Vaccination in Bombay 1924-1928 - 1924-1928
Year: 1924
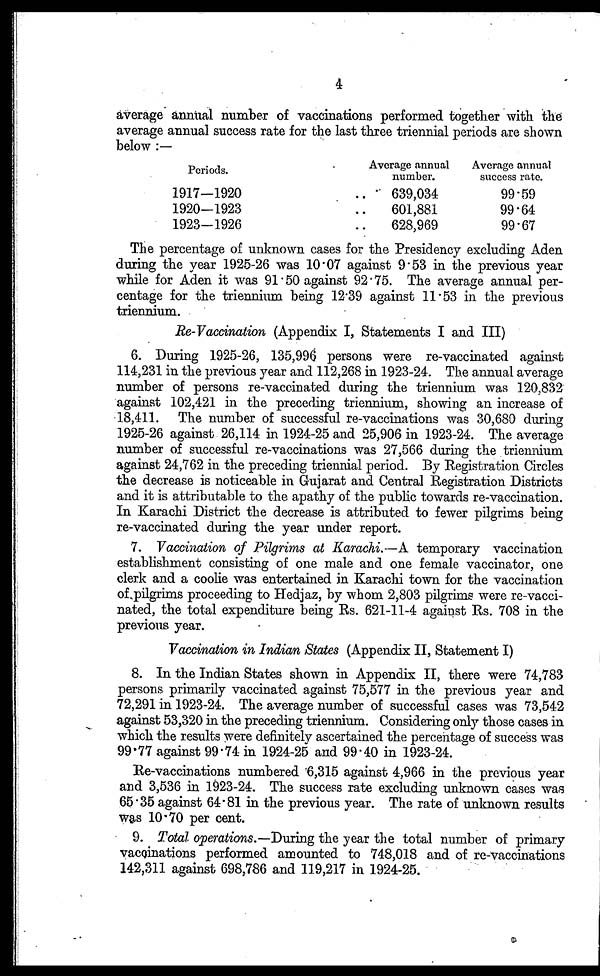
4
average annual number of vaccinations performed together with the
average annual success rate for the last three triennial periods are shown
below :—
Periods.
1917—1920
1920—1923
1923—1926
Average annual
number.
639,034
601,881
628,969
Average annual
success rate.
99.59
99.64
99.67
The percentage of unknown cases for the Presidency excluding Aden
during the year 1925-26 was 10.07 against 9.53 in the previous year
while for Aden it was 91.50 against 92.75. The average annual per-
centage for the triennium being 12.39 against 11.53 in the previous
triennium.
Re- Vaccination (Appendix I, Statements I and III)
6. During 1925-26, 135,996 persons were re-vaccinated against
114,231 in the previous year and 112,268 in 1923-24. The annual average
number of persons re-vaccinated during the triennium was 120,832
against 102,421 in the preceding triennium, showing an increase of
18,411. The number of successful re-vaccinations was 30,680 during
1925-26 against 26,114 in 1924-25 and 25,906 in 1923-24. The average
number of successful re-vaccinations was 27,566 during the triennium
against 24,762 in the preceding triennial period. By Registration Circles
the decrease is noticeable in Gujarat and Central Registration Districts
and it is attributable to the apathy of the public towards re-vaccination.
In Karachi District the decrease is attributed to fewer pilgrims being
re-vaccinated during the year under report.
7. Vaccination of Pilgrims at Karachi.—A temporary vaccination
establishment consisting of one male and one female vaccinator, one
clerk and a coolie was entertained in Karachi town for the vaccination
of pilgrims proceeding to Hedjaz, by whom 2,803 pilgrims were re-vacci-
nated, the total expenditure being Rs. 621-11-4 against Rs. 708 in the
previous year.
Vaccination in Indian States (Appendix II, Statement I)
8. In the Indian States shown in Appendix II, there were 74,783
persons primarily vaccinated against 75,577 in the previous year and
72,291 in 1923-24. The average number of successful cases was 73,542
against 53,320 in the preceding triennium. Considering only those cases in
which the results were definitely ascertained the percentage of success was
99.77 against 99.74 in 1924-25 and 99.40 in 1923-24.
Re-vaccinations numbered '6,315 against 4,966 in the previous year
and 3,536 in 1923-24. The success rate excluding unknown cases was
65.35 against 64.81 in the previous year. The rate of unknown results
was 10.70 per cent.
9. Total operations.—During the year the total number of primary
vaccinations performed amounted to 748,018 and of re-vaccinations
142,311 against 698,786 and 119,217 in 1924-25.